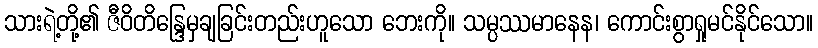
သားရဲ့တို့၏ ဇီဝိတိန္ဒြေမှချခြင်းတည်းဟူသော ဘေးကို။ သမ္ပဿမာနေန၊ ကောင်းစွာရှုမင်နိုင်သော။